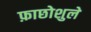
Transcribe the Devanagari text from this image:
फ़ाछोशुले